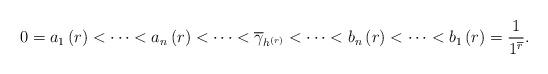
LaTeX: \begin{align*}0=a_{1}\left( r\right) <\cdots<a_{n}\left( r\right) <\cdots<\overline{\gamma}_{h^{\left( r\right) }}<\cdots<b_{n}\left( r\right) <\cdots<b_{1}\left( r\right) =\frac{1}{1^{\overline{r}}}. \end{align*}